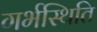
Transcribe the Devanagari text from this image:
गर्भस्थिति